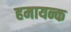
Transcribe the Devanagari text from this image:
हमायन्क